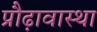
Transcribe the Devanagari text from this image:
प्रौढ़ावास्था